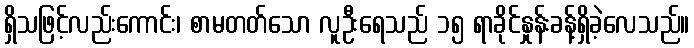
ရှိသဖြင့်လည်းကောင်း၊ စာမတတ်သော လူဦးရေသည် ၁၅ ရာခိုင်နှုန်းခန့်ရှိခဲ့လေသည်။